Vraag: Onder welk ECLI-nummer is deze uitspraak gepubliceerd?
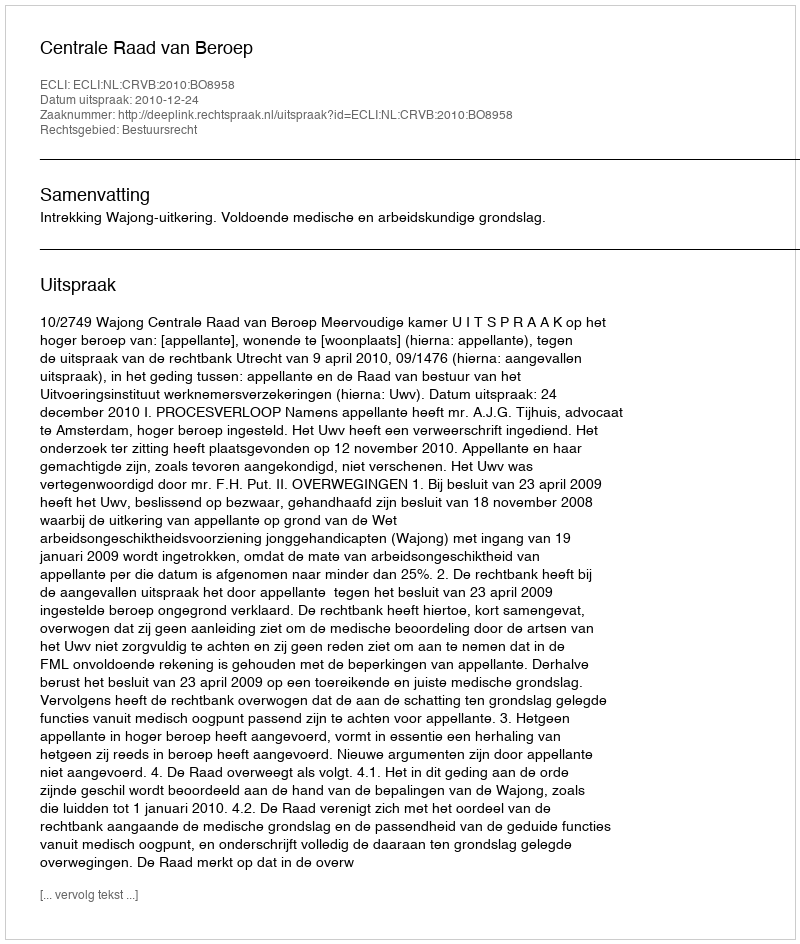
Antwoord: ECLI:NL:CRVB:2010:BO8958